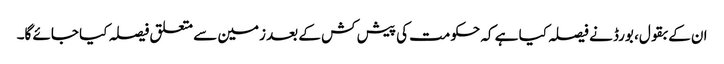
ان کے بقول، بورڈ نے فیصلہ کیا ہے کہ حکومت کی پیش کش کے بعد زمین سے متعلق فیصلہ کیا جائے گا۔